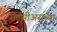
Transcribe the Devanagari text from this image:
सेल्सीअसच्या